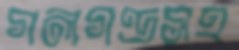
গলগণ্ডসহ